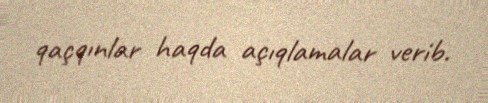
qaçqınlar haqda açıqlamalar verib.